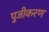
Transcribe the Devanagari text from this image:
पुजीकरण